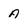
Character: A